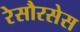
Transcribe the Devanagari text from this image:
रेसौरसेस